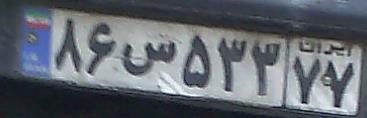
۸۶س۵۳۳۷۷